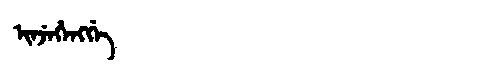
Manchu: ᡳᠨᠵᡝᡥᡝᠩᡤᡝ
Romanization: INJEHENGGE